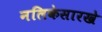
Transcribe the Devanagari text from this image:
नलिकेसारखे